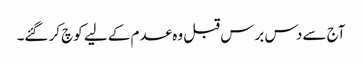
آج سے دس برس قبل وہ عدم کے لیے کوچ کر گئے۔